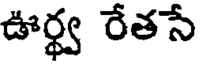
ఊర్థ్వ రేతసే